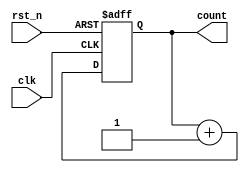
module async_counter #(parameter WIDTH = 4) (
    input wire clk,          // Clock input
    input wire rst_n,       // Active low asynchronous reset
    output reg [WIDTH-1:0] count // Counter output
);

// Asynchronous reset and counting logic
always @(posedge clk or negedge rst_n) begin
    if (!rst_n) begin
        count <= 0; // Reset the counter to zero
    end else begin
        count <= count + 1; // Increment the counter
    end
end

endmodule